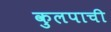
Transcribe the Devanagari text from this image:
कुलपाची